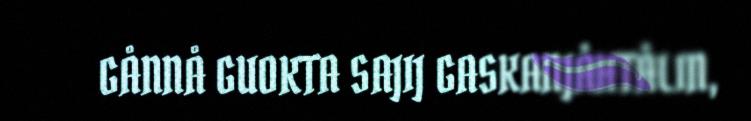
GÅNNÅ GUOKTA SAJIJ GASKANJÅHTÅLIN,